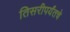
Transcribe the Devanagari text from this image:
तिसरीपर्यंतचे